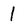
Character: I